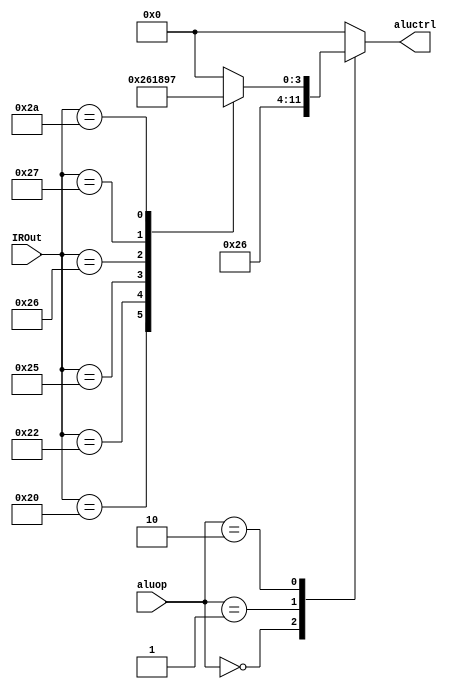
module alu_control(
input wire [5:0] IROut,
input wire [1:0] aluop,
output reg [3:0] aluctrl);

reg [3:0] _funct;

always @(*) begin
	case(IROut[5:0])
		6'b100000: _funct = 4'b0010;	/* add */
		6'b100010: _funct = 4'b0110;	/* sub */
		6'b100101: _funct = 4'b0001;	/* or */
		6'b100110: _funct = 4'b1000;	/* xor */
		6'b100111: _funct = 4'b1001;	/* nor */
		6'b101010:_funct = 4'b0111;	/* slt */
		default: _funct = 4'b0000;
	endcase
end
always @(*) begin
	case(aluop)
		2'b00: aluctrl = 4'b0010;	/*add:LW*/
		2'b01: aluctrl = 4'b0110;	/*sub:BEQ*/
		2'b10: aluctrl = _funct;        /*R-type*/
		2'b00: aluctrl = 4'b0010;	/* add:SW*/
		default: aluctrl = 0;
	endcase
end
endmodule